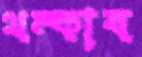
থম্‌কাব